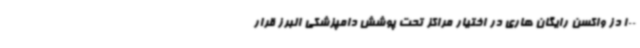
100 دز واکسن رایگان هاری در اختیار مراکز تحت پوشش دامپزشکی البرز قرار